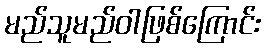
မည်သူမည်ဝါဖြစ်ကြောင်း